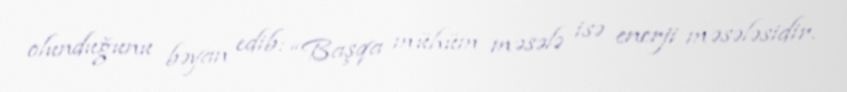
olunduğunu bəyan edib: “Başqa mühüm məsələ isə enerji məsələsidir.